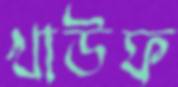
খাউফ